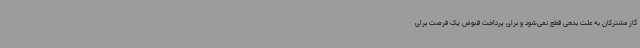
گاز مشترکان به علت بدهی قطع نمی‌شود و برای پرداخت قبوض یک فرصت برای